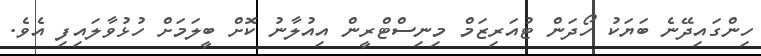
ހިންގައިދޭނެ ބަޔަކު ހޯދަން ޓުއަރިޒަމް މިނިސްޓްރީން އިއުލާނު ކޮށް ބީލަމަށް ހުޅުވާލައިފި އެވެ.